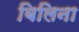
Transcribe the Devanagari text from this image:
बिलिना